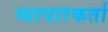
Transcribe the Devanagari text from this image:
व्यापारकर्ता